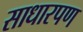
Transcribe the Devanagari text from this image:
साधारपण